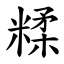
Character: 糅